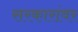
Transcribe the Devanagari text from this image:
सरकारांवर